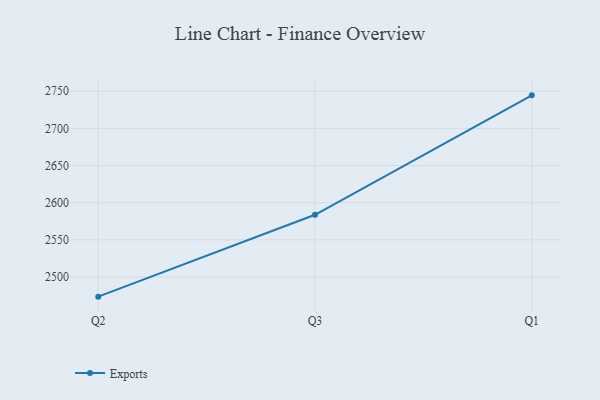
{"axis": {"x": "Quarter", "y": "Website Visitors"}, "legend": ["Exports"], "data": [{"x": "Q2", "y": 2473.5, "type": "Exports"}, {"x": "Q3", "y": 2583.7, "type": "Exports"}, {"x": "Q1", "y": 2744.5, "type": "Exports"}]}